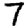
Digit: 7